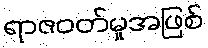
ရာဇဝတ်မှုအဖြစ်